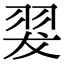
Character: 翇